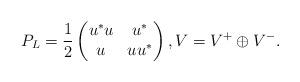
LaTeX: \begin{align*} P_L = \frac{1}{2} \begin{pmatrix} u^*u & u^* \\ u & uu^* \end{pmatrix}, V = V^+ \oplus V^-.\end{align*}